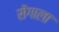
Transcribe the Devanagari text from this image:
सेंगाला